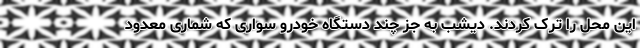
این محل را ترک کردند. دیشب به جز چند دستگاه خودرو سواری که شماری معدود